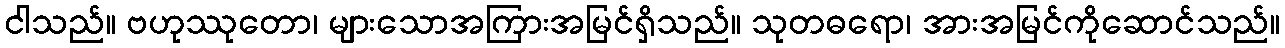
ငါသည်။ ဗဟုဿုတော၊ များသောအကြားအမြင်ရှိသည်။ သုတဓရော၊ အားအမြင်ကိုဆောင်သည်။